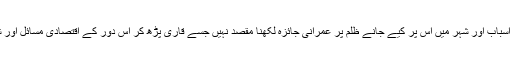
کہانی میں بچّے کے شہر میں آنے کے اسباب اور شہر میں اس پر کیے جانے ظلم پر عمرانی جائزہ لکھنا مقصد نہیں جسے قاری پڑھ کر اس دور کے اقتصادی مسائل اور شہری زندگی کے بارے میں سمجھ لیں۔